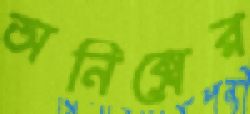
অনিক্সের